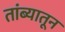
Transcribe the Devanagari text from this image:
तांब्यातून